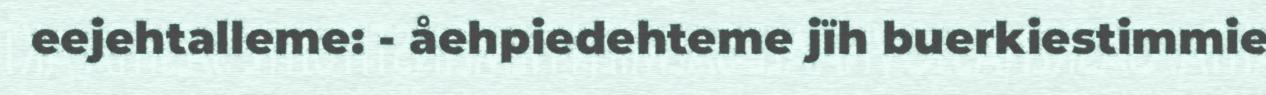
eejehtalleme: - åehpiedehteme jïh buerkiestimmie